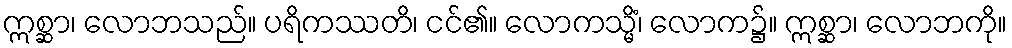
ဣစ္ဆာ၊ လောဘသည်။ ပရိကဿတိ၊ ငင်၏။ လောကသ္မိံ၊ လောက၌။ ဣစ္ဆာ၊ လောဘကို။